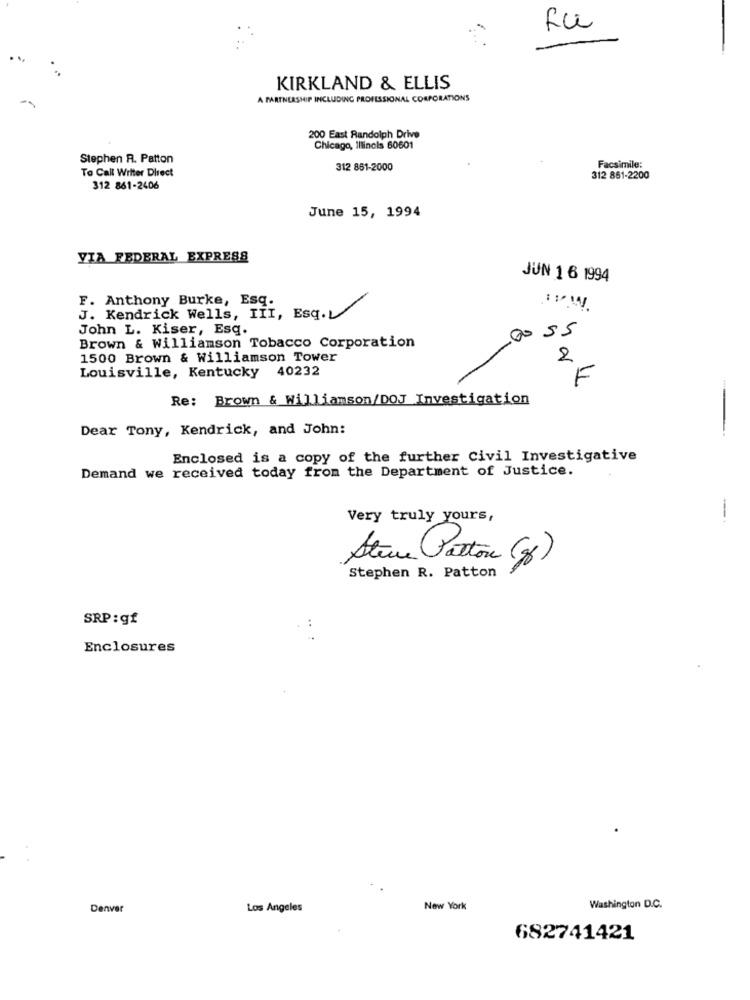
fu
KIRKLAND & ELLIS
A PARTNERSHIP INCLUDING PROFESSIONAL CORPORATIONS
200 East Randolph Drive
Chicago, Illinois 60601
Stephen R. Patton
To Call Writer Direct
312 861-2000
Facsimile:
312 861-2200
312 861-2406
June 15, 1994
VIA FEDERAL EXPRESS
JUN 16 1994
F. Anthony Burke, Esq.
J. Kendrick Wells, III, Esq.
John L. Kiser, Esq.
00 55
Brown & Williamson Tobacco Corporation
1500 Brown & Williamson Tower
2
Louisville, Kentucky 40232
F
Re: Brown & Williamson/DOJ Investigation
Dear Tony, Kendrick, and John:
Enclosed is a copy of the further civil Investigative
Demand we received today from the Department of Justice.
Very truly yours,
Steve Paton (g)
Stephen R. Patton
SRP:gf
Enclosures
Denver
Los Angeles
New York
Washington D.C.
682741421